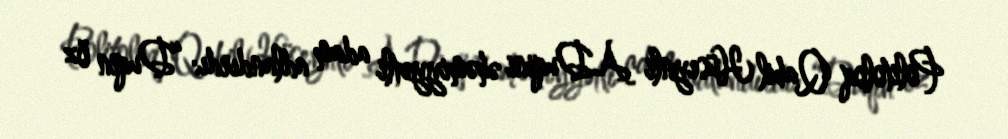
Politoloq Qabil Hüseynli A.Duqini əhəmiyyətli adam adlandırdı: “Duqin öz